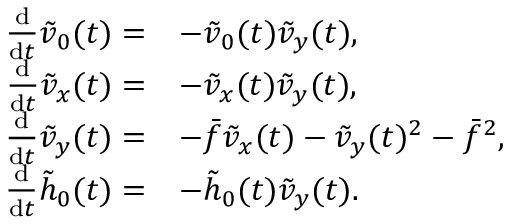
\begin{array} { r l } { \frac { \mathrm { d } } { \mathrm { d } t } \tilde { v } _ { 0 } ( t ) = } & { - \tilde { v } _ { 0 } ( t ) \tilde { v } _ { y } ( t ) , } \\ { \frac { \mathrm { d } } { \mathrm { d } t } \tilde { v } _ { x } ( t ) = } & { - \tilde { v } _ { x } ( t ) \tilde { v } _ { y } ( t ) , } \\ { \frac { \mathrm { d } } { \mathrm { d } t } \tilde { v } _ { y } ( t ) = } & { - \bar { f } \tilde { v } _ { x } ( t ) - \tilde { v } _ { y } ( t ) ^ { 2 } - \bar { f } ^ { 2 } , } \\ { \frac { \mathrm { d } } { \mathrm { d } t } \tilde { h } _ { 0 } ( t ) = } & { - \tilde { h } _ { 0 } ( t ) \tilde { v } _ { y } ( t ) . } \end{array}